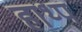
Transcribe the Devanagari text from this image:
हाथ्प